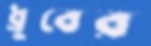
ধ্রুবের